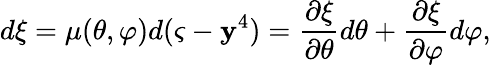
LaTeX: d\xi=\mu(\theta,\varphi)d(\varsigma-\mathbf{y}^{4})=\frac{{\partial\xi}}{{\partial\theta}}d\theta+\frac{{\partial\xi}}{{\partial\varphi}}d\varphi,